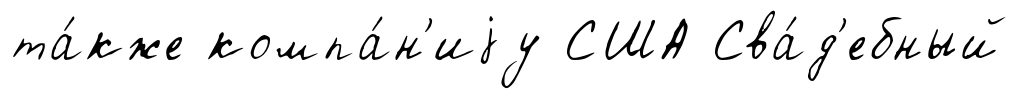
та́кже компа́н'иjу США Сва́д'ебный